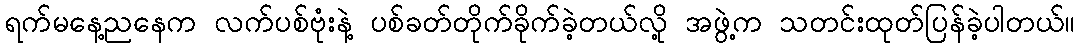
ရက်မနေ့ညနေက လက်ပစ်ဗုံးနဲ့ ပစ်ခတ်တိုက်ခိုက်ခဲ့တယ်လို့ အဖွဲ့က သတင်းထုတ်ပြန်ခဲ့ပါတယ်။